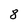
Character: 8